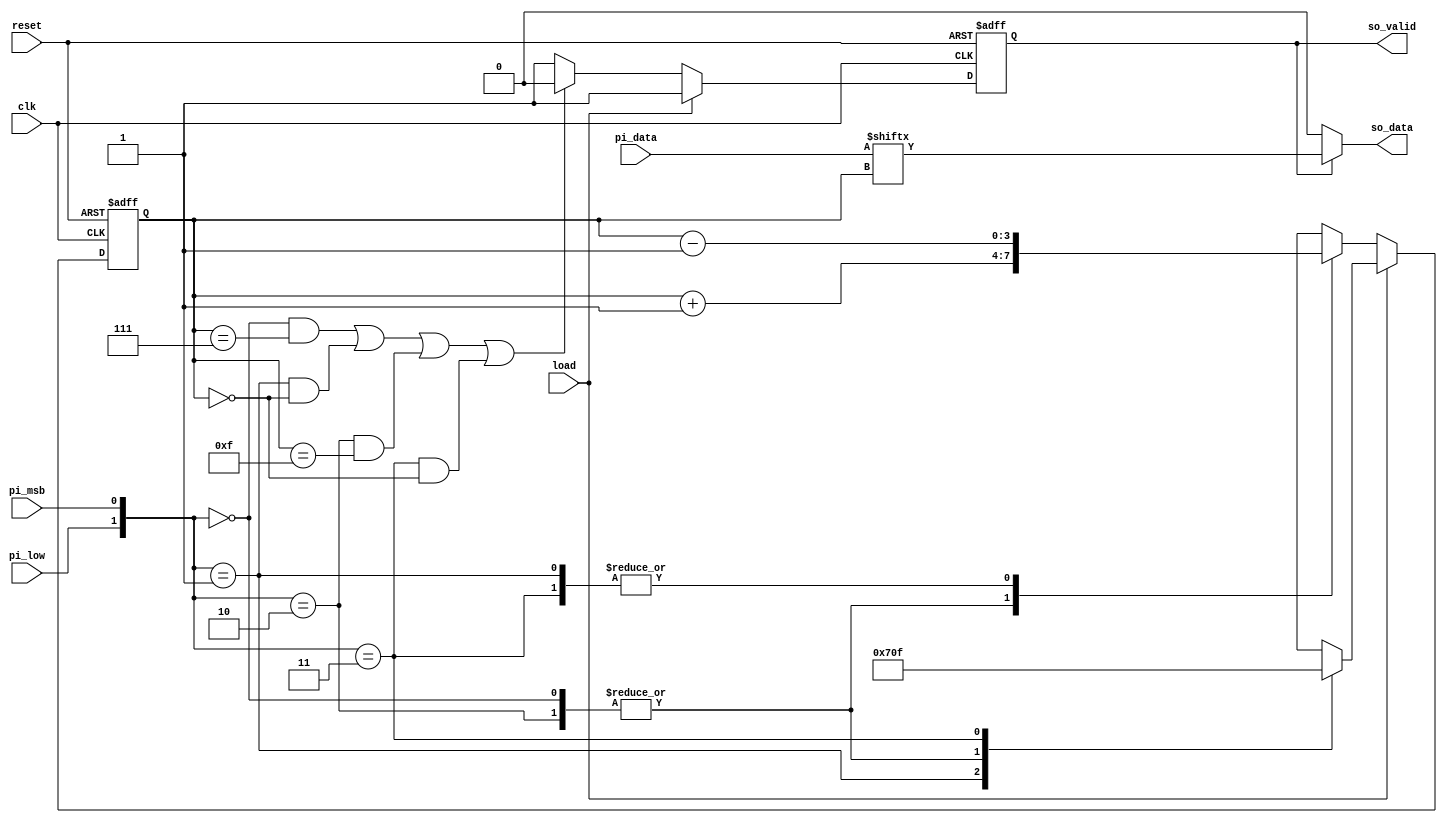
module STI(clk,reset,load,pi_data,pi_msb,pi_low,
           so_data,so_valid);

input clk,reset;// input and output
input load,pi_msb,pi_low; 
input [15:0]pi_data;
reg [3:0]counter;
output reg so_data,so_valid;


always@(posedge clk or posedge reset)begin
if(reset)
	counter <= 0; 
else if(load == 1)begin //if load = 1 then reset all counters depending on pi_msb or pi_low
	case({pi_low,pi_msb})
		2'b00://output from pi_data[0] to pi_data[7]
			counter <= 0;
		2'b01://outpur from pi_data[7] to pi_data[0]
			counter <= 7;
		2'b10://output from pi_data[0] to pi_data[15]
			counter <= 0;
		2'b11://output from pi_data[15] to pi_data[0]
			counter <= 15;
		default:
			counter <= 0;
	endcase
	end
else begin
	case({pi_low,pi_msb})
		2'b00://output from pi_data[0] to pi_data[7]
			counter <= counter + 1;
		2'b01://output from pi_data[7] to pi_data[0]
			counter <= counter - 1;
		2'b10://output from pi_data[0] to pi_data[15]
			counter <= counter + 1;
		2'b11://output from pi_data[15] to pi_data[0]
			counter <= counter - 1;
		default:
			counter <= 0;
	endcase
end
end


always@(posedge clk or posedge reset)begin// when should valid become high or low
if(reset)
	so_valid <= 0;
else if(load == 1)
	so_valid <= 1;
else if(({pi_low,pi_msb} == 2'b00 && counter == 7) || ({pi_low,pi_msb} == 2'b01 && counter == 0 ) || ({pi_low,pi_msb} == 2'b10 && counter == 15) || ({pi_low,pi_msb} == 2'b11 && counter == 0))
	so_valid <= 0;
else
	so_valid <= 1;
end


always@(*)begin// if so_valid = 1 then so_data get number
if(so_valid == 1)
	so_data = pi_data[counter];
else
	so_data = 0;
end

endmodule